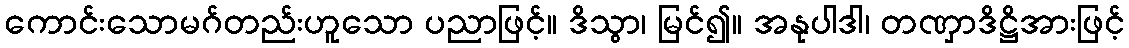
ကောင်းသောမဂ်တည်းဟူသော ပညာဖြင့်။ ဒိသွာ၊ မြင်၍။ အနုပါဒါ၊ တဏှာဒိဋ္ဌိအားဖြင့်